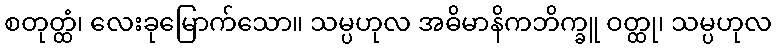
စတုတ္ထံ၊ လေးခုမြောက်သော။ သမ္ပဟုလ အဓိမာနိကဘိက္ခူ ဝတ္ထု၊ သမ္ပဟုလ